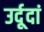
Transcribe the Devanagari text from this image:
उर्दूदां